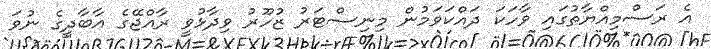
އެ ރަސްމިއްޔާތުގައި ވާހަކަ ދައްކަވަމުން މިނިސްޓަރު ޒުހޫރު ވިދާޅުވީ ރާއްޖޭގެ އާބާދީގެ ނުވަ